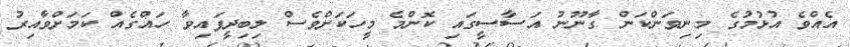
އެއްވެ އުޅުމުގެ މިނިވަންކަން ގާނޫނު އަސާސީގައި ކޮންމެ މީހަކަށްވެސް ލިބިދީފައިވާ ހައްގެއް ކަމަށްވާއިރު